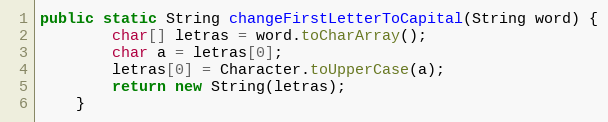
Language: Java
public static String changeFirstLetterToCapital(String word) {
        char[] letras = word.toCharArray();
        char a = letras[0];
        letras[0] = Character.toUpperCase(a);
        return new String(letras);
    }